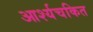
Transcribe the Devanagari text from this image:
आर्श्यचकित